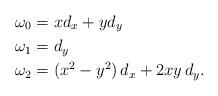
LaTeX: \begin{align*} \omega_0 &= x d_x + yd_y\\ \omega_1 &= d_y\\ \omega_2 &= (x^2 - y^2)\, d_x + 2xy\, d_y. \end{align*}